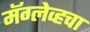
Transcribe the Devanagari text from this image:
मॅग्लेव्हचा